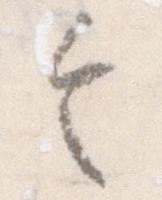
令